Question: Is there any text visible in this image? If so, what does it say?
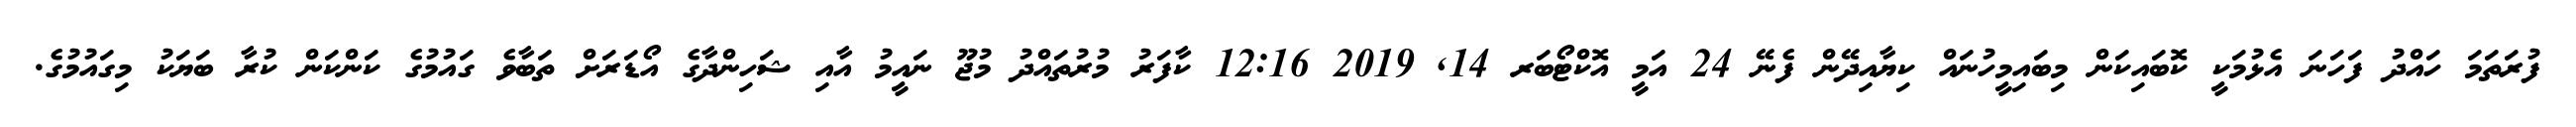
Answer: ފުރަތަމަ ހައްދު ފަހަނަ އެޅުމަކީ ކޮބައިކަން މިބައިމީހުނައް ކިޔާއިދޭން ފެނޭ 24 އަމީ އޮކްޓޯބަރ 14, 2019 12:16 ކާފަރު މުރުތައްދު މުޖޫ ނައީމު އާއި ޝަހިންދާގެ އޯޑަރަށް ތަބާވެ ގައުމުގެ ކަންކަން ކުރާ ބަޔަކު މިގައުމުގެ.